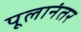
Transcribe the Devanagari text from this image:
पूलानंतर